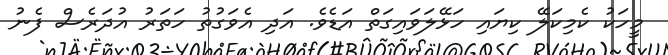
މީހަކު ކެމިކަލޭ ކިޔައި ހަޅޭލަވައިގަތް އަޑެވެ. އަދި އެވަގުތު ހަތަރު އުދަރެސް ފެނު